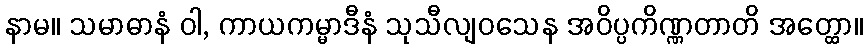
နာမ။ သမာဓာနံ ဝါ, ကာယကမ္မာဒီနံ သုသီလျဝသေန အဝိပ္ပကိဏ္ဏတာတိ အတ္ထော။